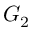
G _ { 2 }